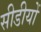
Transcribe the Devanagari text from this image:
सीडीयों